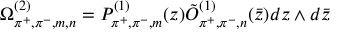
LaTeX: \Omega _ { \pi ^ { + } , \pi ^ { - } , m , n } ^ { ( 2 ) } = { \cal P } _ { \pi ^ { + } , \pi ^ { - } , m } ^ { ( 1 ) } ( z ) \tilde { \cal O } _ { \pi ^ { + } , \pi ^ { - } , n } ^ { ( 1 ) } ( \bar { z } ) d z \wedge d \bar { z }